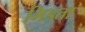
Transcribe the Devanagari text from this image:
भिडता